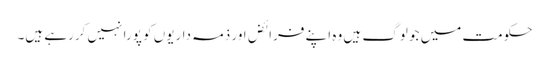
حکومت میں جو لوگ ہیں وہ اپنے فرائض اور ذمہ داریوں کو پورا نہیں کررہے ہیں۔